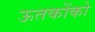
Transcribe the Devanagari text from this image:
ऊतकोंको